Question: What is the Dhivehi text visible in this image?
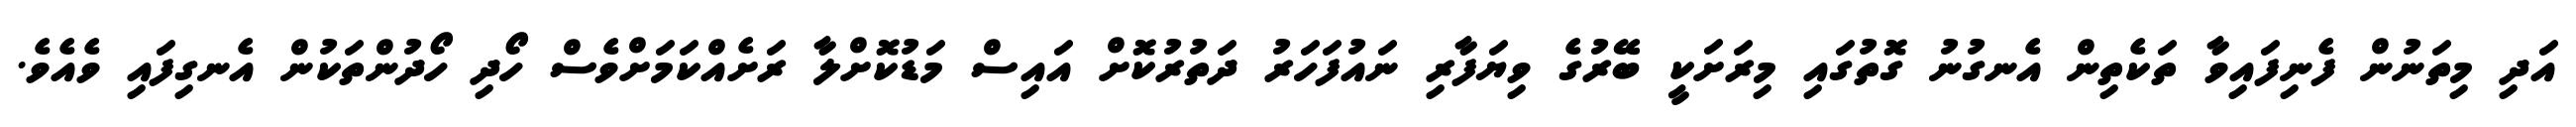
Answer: އަދި މިތަނުން ފެނިފައިވާ ތަކެތިން އެނގުނު ގޮތުގައި މިރަށަކީ ބޭރުގެ ވިޔަފާރި ނައުފަހަރު ދަތުރުކޮށް އައިސް މަޑުކޮށްލާ ރަށެއްކަމަށްވެސް ހޯދި ހޯދުންތަކުން އެނގިފައި ވެއެވެ.